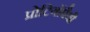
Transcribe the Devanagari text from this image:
प्रोटियोंपैथी